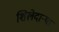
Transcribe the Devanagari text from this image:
शिलेदार्‍या